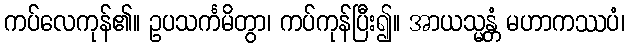
ကပ်လေကုန်၏။ ဥပသင်္ကမိတွာ၊ ကပ်ကုန်ပြီး၍။ အာယသ္မန္တံ မဟာကဿပံ၊